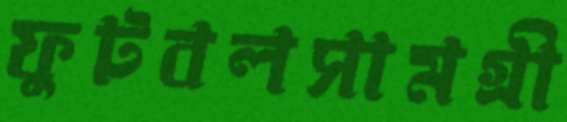
ফুটবলসামগ্রী